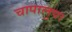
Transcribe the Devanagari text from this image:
चापालुपा